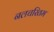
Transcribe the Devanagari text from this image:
नलचरितम